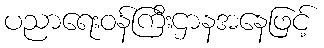
ပညာရေးဝန်ကြီးဌာနအနေဖြင့်